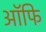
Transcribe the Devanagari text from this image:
ऑफि